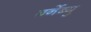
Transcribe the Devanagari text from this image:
बर्नेब्यु